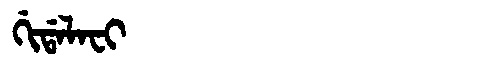
Manchu: ᡤᡳᡩᠠᠯᠠᠸᡳ
Romanization: GIDALAFI